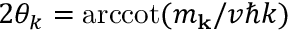
2 \theta _ { k } = \mathrm { a r c c o t } ( m _ { \mathbf { k } } / v \hbar k )